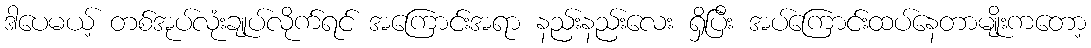
ဒါပေမယ့် တစ်အုပ်လုံးချုပ်လိုက်ရင် အကြောင်းအရာ နည်းနည်းလေး ရှိပြီး အပ်ကြောင်းထပ်နေတာမျိုးကတော့